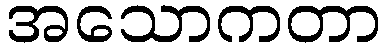
အသောကတာ